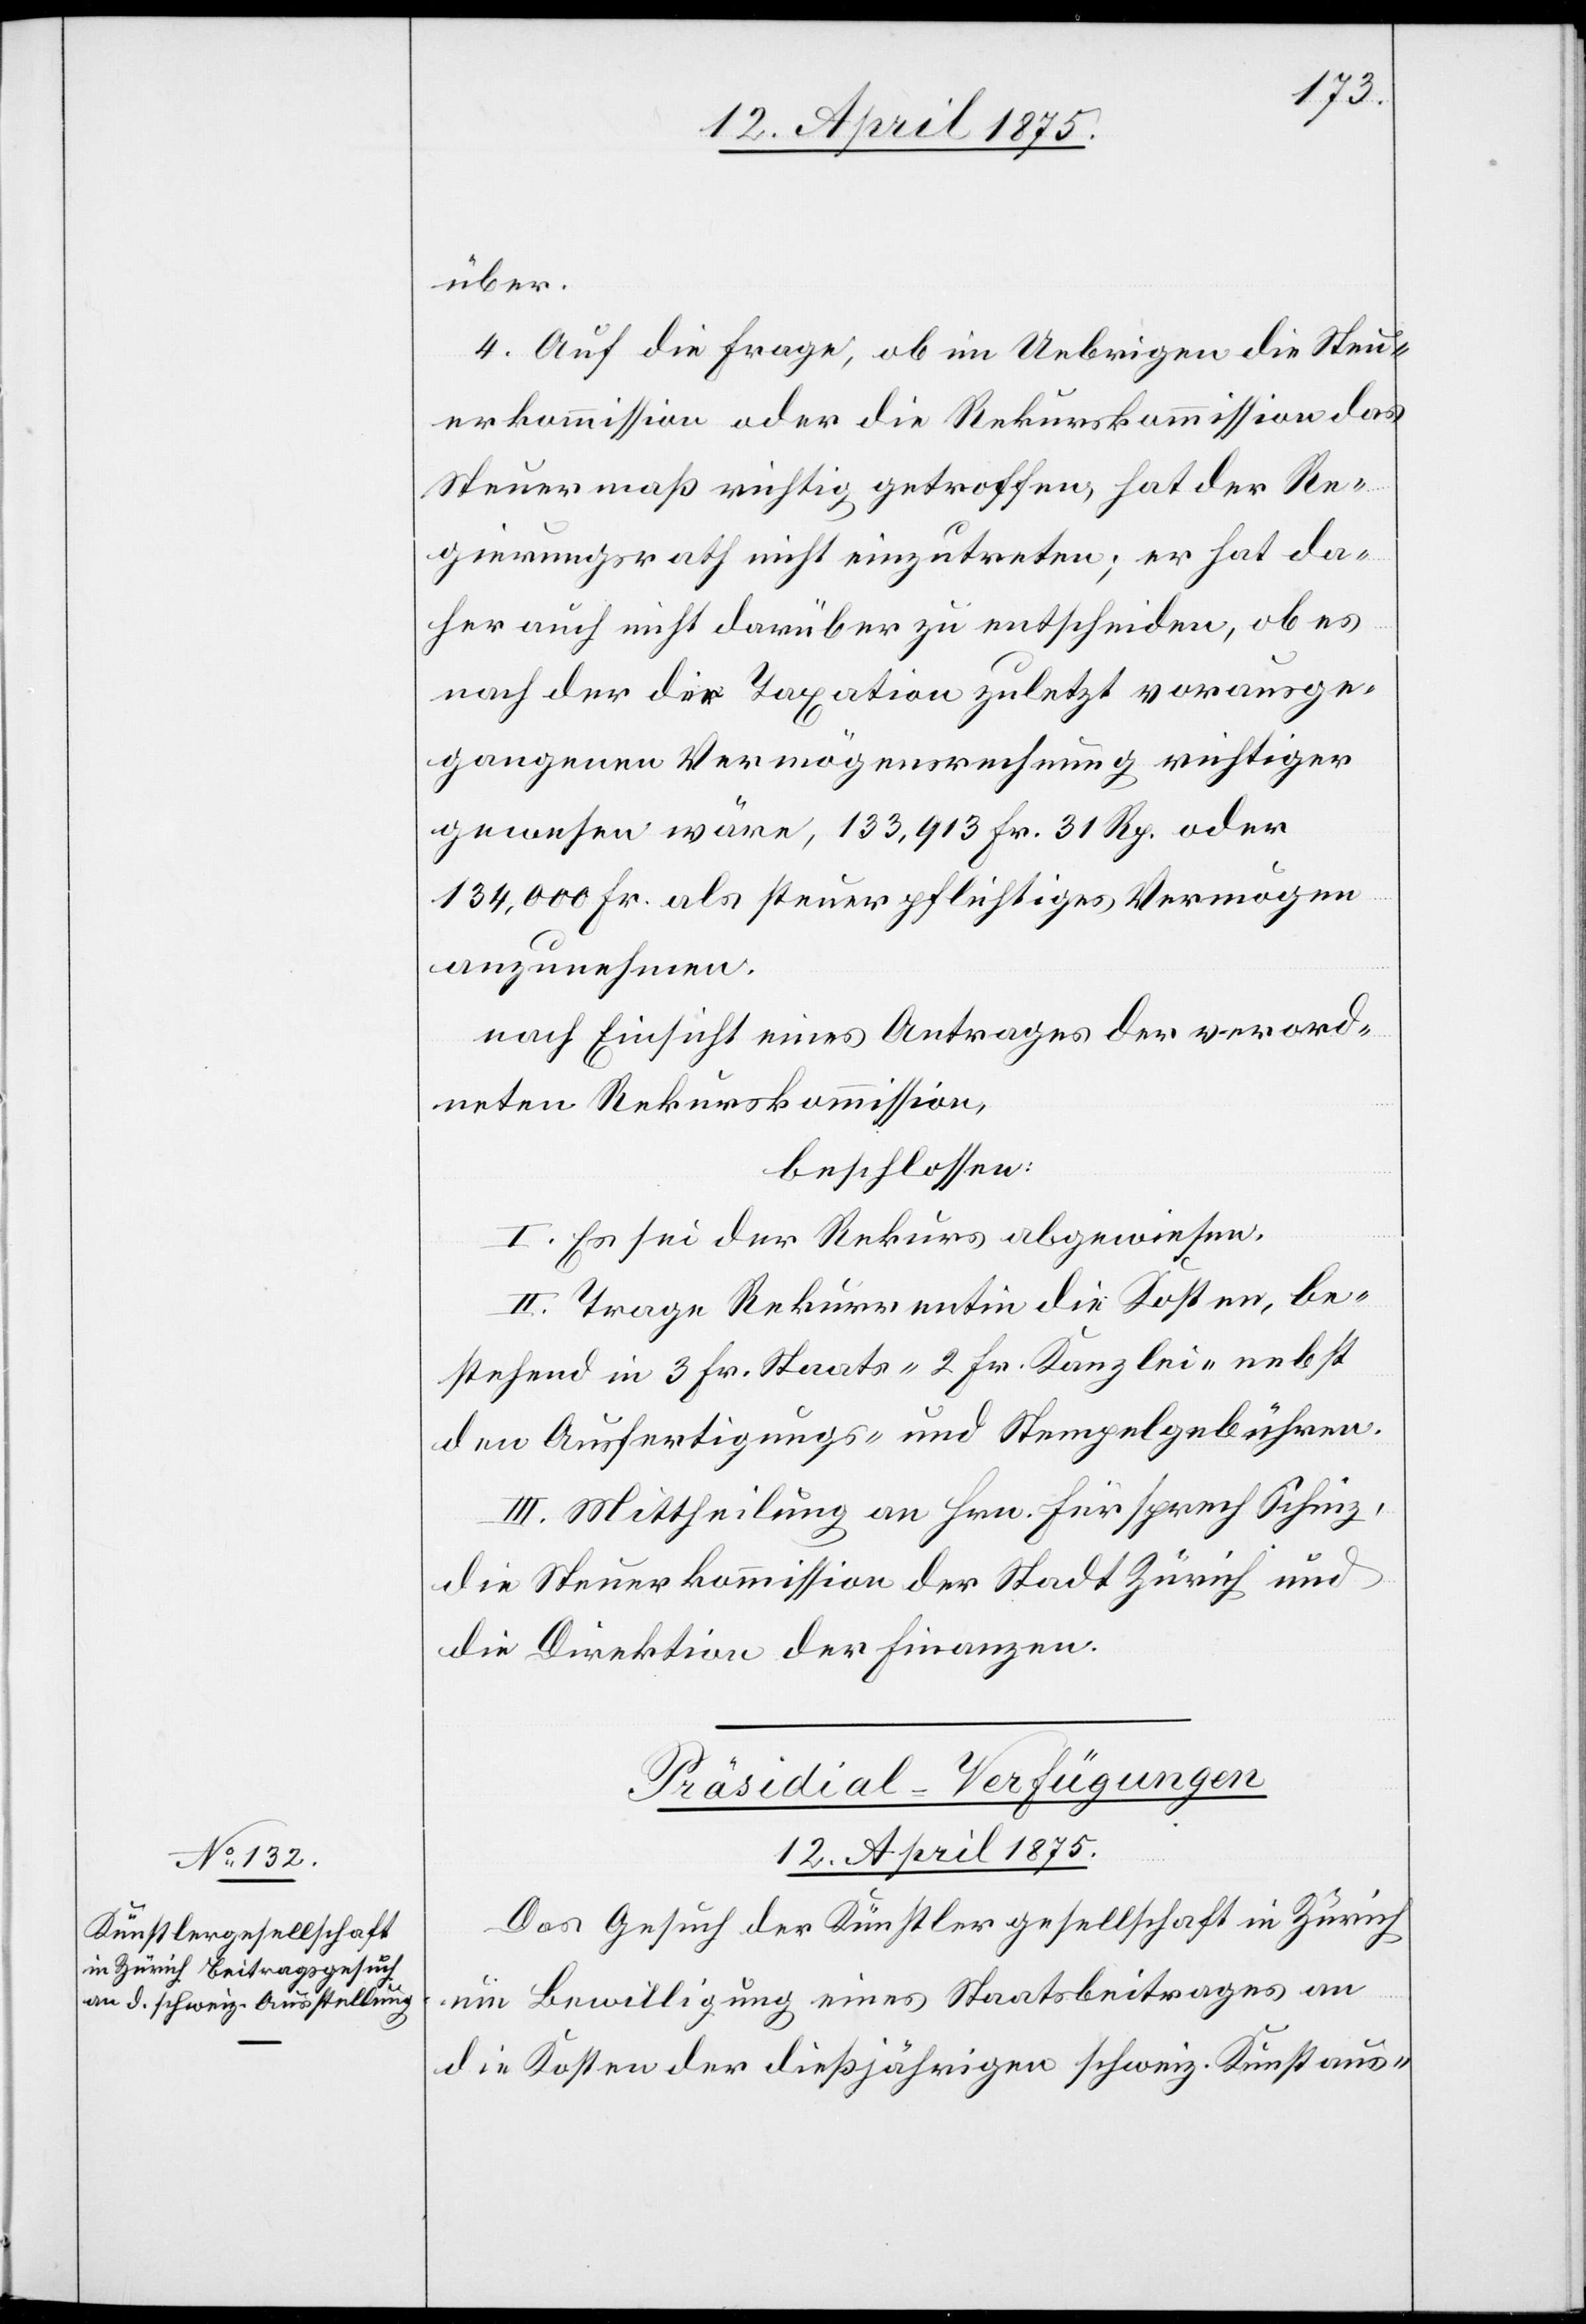
über.
4. Auf die Frage, ob im Uebrigen die Steu¬
erkommission oder die Rekurskommission das
Steuermaß richtig getroffen, hat der Re¬
gierungsrath nicht einzutreten, er hat da¬
her auch nicht darüber zu entscheiden, ob es
nach der die Taxation zuletzt vorausge¬
gangenen Vermögensrechnung richtiger
gewesen wäre, 133,913 Fr. 31 Rp. oder
134,000 Fr. als steuerpflichtiges Vermögen
anzunehmen.
nach Einsicht eines Antrages der verord¬
neten Rekurskommission,
beschlossen:
I. Es sei der Rekurs abgewiesen.
II. Trage Rekurrentin die Kosten, be¬
stehend in 3 Fr. Staats- 2 Fr. Kanzlei- nebst
den Ausfertigungs- und Stempelgebühren.
III. Mittheilung an Hrn. Fürsprech Schinz,
die Steuerkommission der Stadt Zürich und
die Direktion der Finanzen.
Präsidial-Verfügungen
12. April 1875.
Das Gesuch der Künstlergesellschaft in Zürich
um Bewilligung eines Staatsbeitrages an
die Kosten der dießjährigen schweiz. Kunstaus-